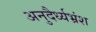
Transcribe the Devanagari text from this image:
अनुदैर्ध्यभ्रंश